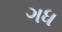
ગધ